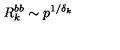
R _ { k } ^ { b b } \sim p ^ { 1 / \delta _ { k } }